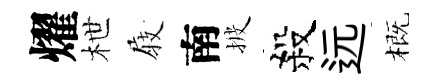
燿枻𡲆南披殺远概